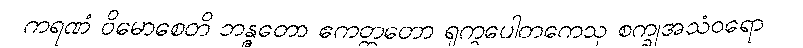
ကရဏံ ဝိမောစေတိ ဘန္ဇတော ဧကတ္တတော ရုက္ခပေါတကေသု စက္ခုအသံဝရော